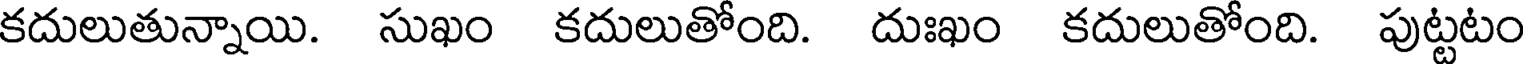
కదులుతున్నాయి. సుఖం కదులుతోంది. దుఃఖం కదులుతోంది. పుట్టటం